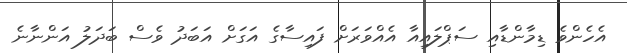
އެހެންވެ ޑިމާންޑާއި ސަޕްލައިއާ އެއްވަރަށް ފައިސާގެ އަގަށް އަބަދު ވެސް ބަދަލު އަންނާނެ